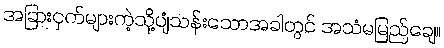
အခြားငှက်များကဲ့သို့ပျံသန်းသောအခါတွင် အသံမမြည်ချေ။